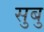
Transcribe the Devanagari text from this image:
सुबु